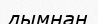
дымнан